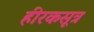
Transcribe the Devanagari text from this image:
हीरकसूत्र